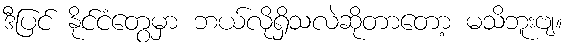
ဒီပြင် နိုင်ငံတွေမှာ ဘယ်လိုရှိသလဲဆိုတာတော့ မသိဘူးဗျ။